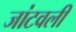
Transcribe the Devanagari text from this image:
जांटवली